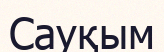
Сауқым